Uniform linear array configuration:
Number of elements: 32
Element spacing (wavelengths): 0.5
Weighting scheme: binomial
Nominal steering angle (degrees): -15
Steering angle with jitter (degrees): -15.929
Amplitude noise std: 0.05
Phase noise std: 0.05

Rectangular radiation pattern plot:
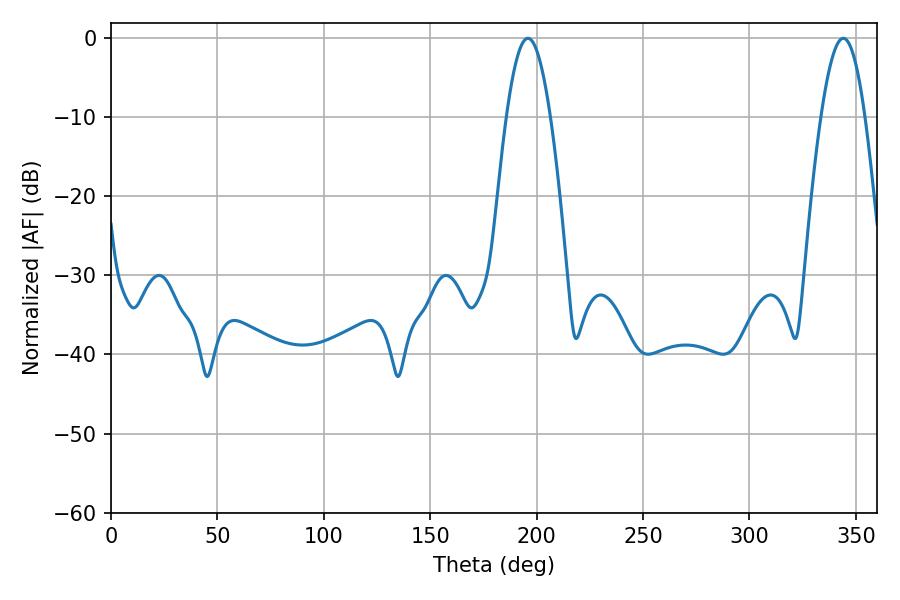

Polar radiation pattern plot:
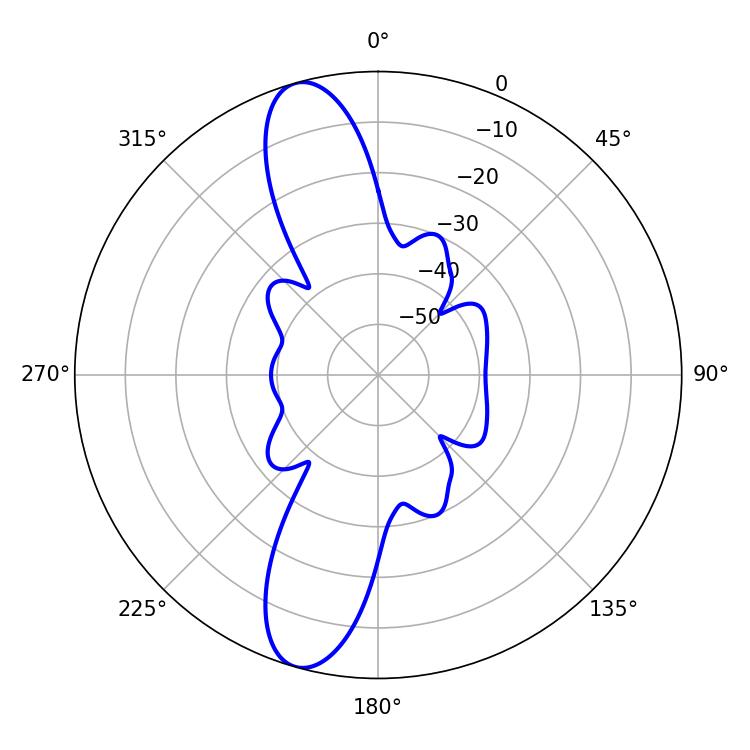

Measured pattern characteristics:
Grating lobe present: FALSE
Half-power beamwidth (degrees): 11.16
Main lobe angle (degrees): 195.84